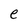
Character: e